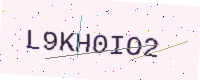
Text: L9KH0IO2